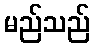
မည်သည်